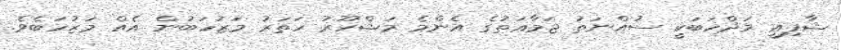
ޝާފިޢީ މަޛްހަބަކީ ސުއްނަތު ޖަމާޢަތުގެ އެންމެ މަޝްހޫރު ހަތަރު މަޒުހަބުން އެއް މަޒުހަބެވެ.